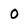
Character: 0